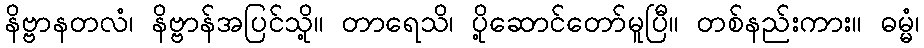
နိဗ္ဗာနတလံ၊ နိဗ္ဗာန်အပြင်သို့။ တာရေသိ၊ ပို့ဆောင်တော်မူပြီ။ တစ်နည်းကား။ ဓမ္မံ၊